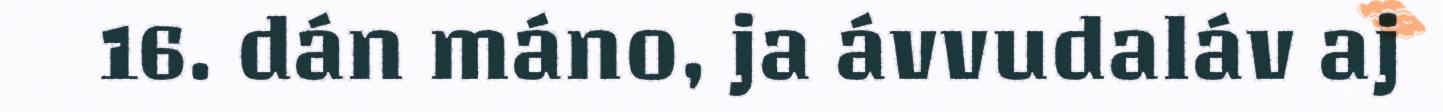
16. dán máno, ja ávvudaláv aj